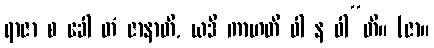
ရာဇာ စ ခေါ တံ ဇာနာတိ, ယဒိ ကာဟတိ ဝါ န ဝါ”တိ။ (ဇာ။